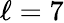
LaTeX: \ell=7